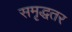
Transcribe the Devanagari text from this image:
समृद्धतर